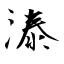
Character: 溙